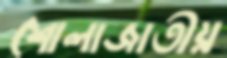
শোলাজাতীয়